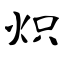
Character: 炽